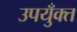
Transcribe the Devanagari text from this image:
उपयुँक्त